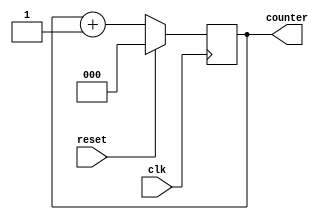
// sequence counter
module sc(input clk, reset, output reg[2:0] counter);
	 
	always@(posedge clk)
	begin
		if(reset)
			counter <= 0;
		else 
			counter <= counter+1;
	end	
			
endmodule